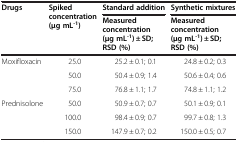
<table><thead><tr><td rowspan="2"><b>Drugs</b></td><td rowspan="2"><b>Spiked concentration(μg mL<sup>-1</sup>)</b></td><td><b>Standard addition</b></td><td><b>Synthetic mixtures</b></td></tr><tr><td><b>Measured concentration(μg mL<sup>-1</sup>) ± SD; RSD (%)</b></td><td><b>Measured concentration(μg mL<sup>-1</sup>) ± SD; RSD (%)</b></td></tr></thead><tbody><tr><td rowspan="3">Moxifloxacin</td><td>25.0</td><td>25.2 ± 0.1; 0.1</td><td>24.8 ± 0.2; 0.3</td></tr><tr><td>50.0</td><td>50.4 ± 0.9; 1.4</td><td>50.6 ± 0.4; 0.6</td></tr><tr><td>75.0</td><td>76.8 ± 1.1; 1.7</td><td>74.8 ± 1.1; 1.2</td></tr><tr><td rowspan="2">Prednisolone</td><td>50.0</td><td>50.9 ± 0.7; 0.7</td><td>50.1 ± 0.9; 0.1</td></tr><tr><td>100.0</td><td>98.4 ± 0.9; 0.7</td><td>99.7 ± 0.8; 1.3</td></tr><tr><td> </td><td>150.0</td><td>147.9 ± 0.7; 0.2</td><td>150.0 ± 0.5; 0.7</td></tr></tbody></table>